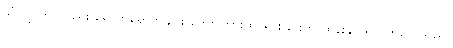
သံလျင်တွင်လည်း ရောက်ရောက်ချင်း ကျော်ကြားထင်ရှားခြင်းကို ထွန်းနိုင် ရလိုက်လေသည်။